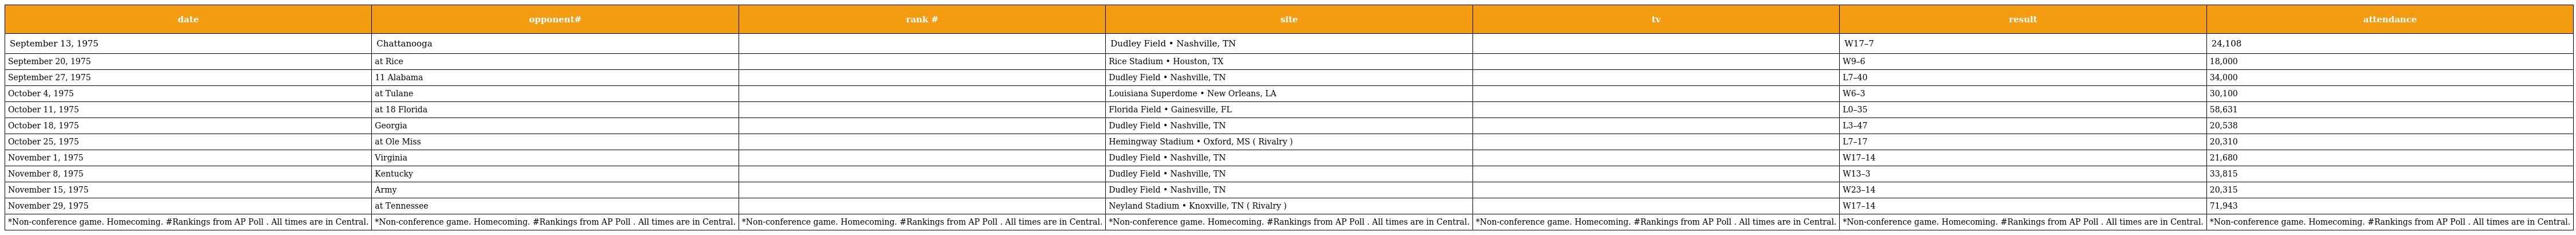
| date | opponent# | rank # | site | tv | result | attendance |
 | --- | --- | --- | --- | --- | --- | --- |
 | September 13, 1975 | Chattanooga |  | Dudley Field • Nashville, TN |  | W17–7 | 24,108 |
 | September 20, 1975 | at Rice |  | Rice Stadium • Houston, TX |  | W9–6 | 18,000 |
 | September 27, 1975 | 11 Alabama |  | Dudley Field • Nashville, TN |  | L7–40 | 34,000 |
 | October 4, 1975 | at Tulane |  | Louisiana Superdome • New Orleans, LA |  | W6–3 | 30,100 |
 | October 11, 1975 | at 18 Florida |  | Florida Field • Gainesville, FL |  | L0–35 | 58,631 |
 | October 18, 1975 | Georgia |  | Dudley Field • Nashville, TN |  | L3–47 | 20,538 |
 | October 25, 1975 | at Ole Miss |  | Hemingway Stadium • Oxford, MS ( Rivalry ) |  | L7–17 | 20,310 |
 | November 1, 1975 | Virginia |  | Dudley Field • Nashville, TN |  | W17–14 | 21,680 |
 | November 8, 1975 | Kentucky |  | Dudley Field • Nashville, TN |  | W13–3 | 33,815 |
 | November 15, 1975 | Army |  | Dudley Field • Nashville, TN |  | W23–14 | 20,315 |
 | November 29, 1975 | at Tennessee |  | Neyland Stadium • Knoxville, TN ( Rivalry ) |  | W17–14 | 71,943 |
 | *Non-conference game. Homecoming. #Rankings from AP Poll . All times are in Central. | *Non-conference game. Homecoming. #Rankings from AP Poll . All times are in Central. | *Non-conference game. Homecoming. #Rankings from AP Poll . All times are in Central. | *Non-conference game. Homecoming. #Rankings from AP Poll . All times are in Central. | *Non-conference game. Homecoming. #Rankings from AP Poll . All times are in Central. | *Non-conference game. Homecoming. #Rankings from AP Poll . All times are in Central. | *Non-conference game. Homecoming. #Rankings from AP Poll . All times are in Central. |